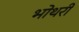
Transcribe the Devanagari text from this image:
भोथरी